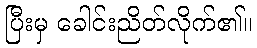
ပြီးမှ ခေါင်းညိတ်လိုက်၏။